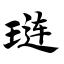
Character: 琏